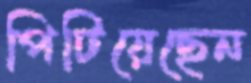
পিটিয়েছেন